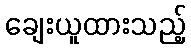
ချေးယူထားသည့်